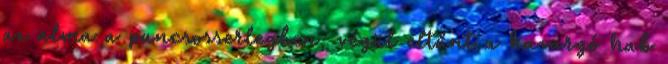
az alma a puncsosserlegben, végül eltűnt a kavargó hab